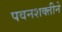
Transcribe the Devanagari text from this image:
पवनशक्तीने